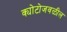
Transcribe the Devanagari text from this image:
क्योटोजवळील